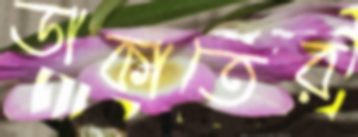
ডাকাতের